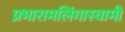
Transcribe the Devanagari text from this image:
प्रभारामलिंगास्वामी